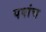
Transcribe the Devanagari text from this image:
पपांच